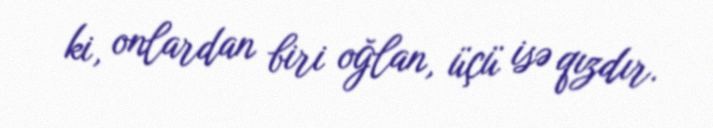
ki, onlardan biri oğlan, üçü isə qızdır.